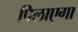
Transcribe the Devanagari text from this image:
पिलाएगा